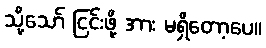
သို့သော် ငြင်းဖို့ အား မရှိတော့ပေ။